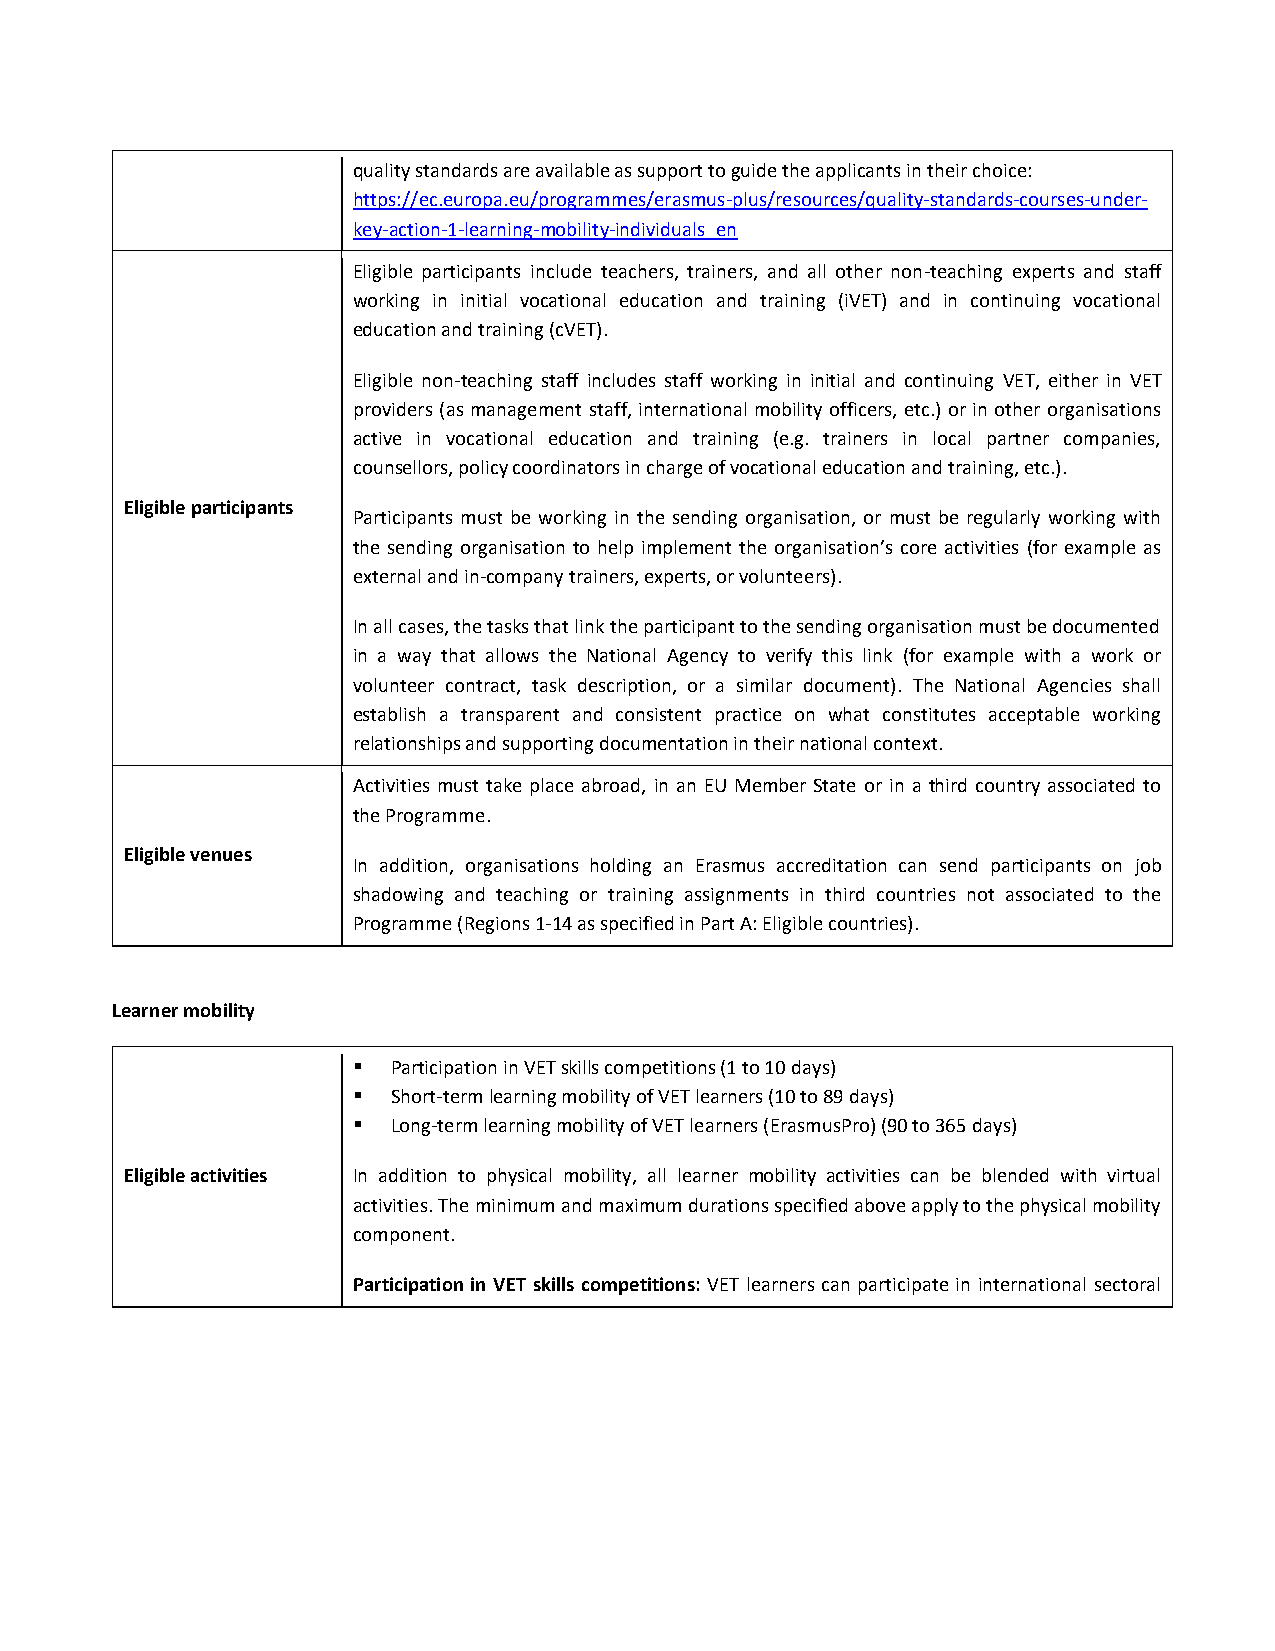
quality standards are available as support to guide the applicants in their choice:
 https://ec.europa.eu/programmes/erasmus-plus/resources/quality-standards-courses-under-
 key-action-1-learning-mobility-individuals_en
 Eligible participants include teachers, trainers, and all other non-teaching experts and staff
 working in initial vocational education and training (iVET) and in continuing vocational
 education and training (cVET).
 Eligible non-teaching staff includes staff working in initial and continuing VET, either in VET
 providers (as management staff, international mobility officers, etc.) or in other organisations
 active in vocational education and training (e.g. trainers in local partner companies,
 counsellors, policy coordinators in charge of vocational education and training, etc.).
 Eligible participants
 Participants must be working in the sending organisation, or must be regularly working with
 the sending organisation to help implement the organisation’s core activities (for example as
 external and in-company trainers, experts, or volunteers).
 In all cases, the tasks that link the participant to the sending organisation must be documented
 in a way that allows the National Agency to verify this link (for example with a work or
 volunteer contract, task description, or a similar document). The National Agencies shall
 establish a transparent and consistent practice on what constitutes acceptable working
 relationships and supporting documentation in their national context.
 Activities must take place abroad, in an EU Member State or in a third country associated to
 the Programme.
 Eligible venues
 In addition, organisations holding an Erasmus accreditation can send participants on job
 shadowing and teaching or training assignments in third countries not associated to the
 Programme (Regions 1-14 as specified in Part A: Eligible countries).
 Learner mobility
   Participation in VET skills competitions (1 to 10 days)
   Short-term learning mobility of VET learners (10 to 89 days)
   Long-term learning mobility of VET learners (ErasmusPro) (90 to 365 days)
 Eligible activities In addition to physical mobility, all learner mobility activities can be blended with virtual
 activities. The minimum and maximum durations specified above apply to the physical mobility
 component.
 Participation in VET skills competitions: VET learners can participate in international sectoral